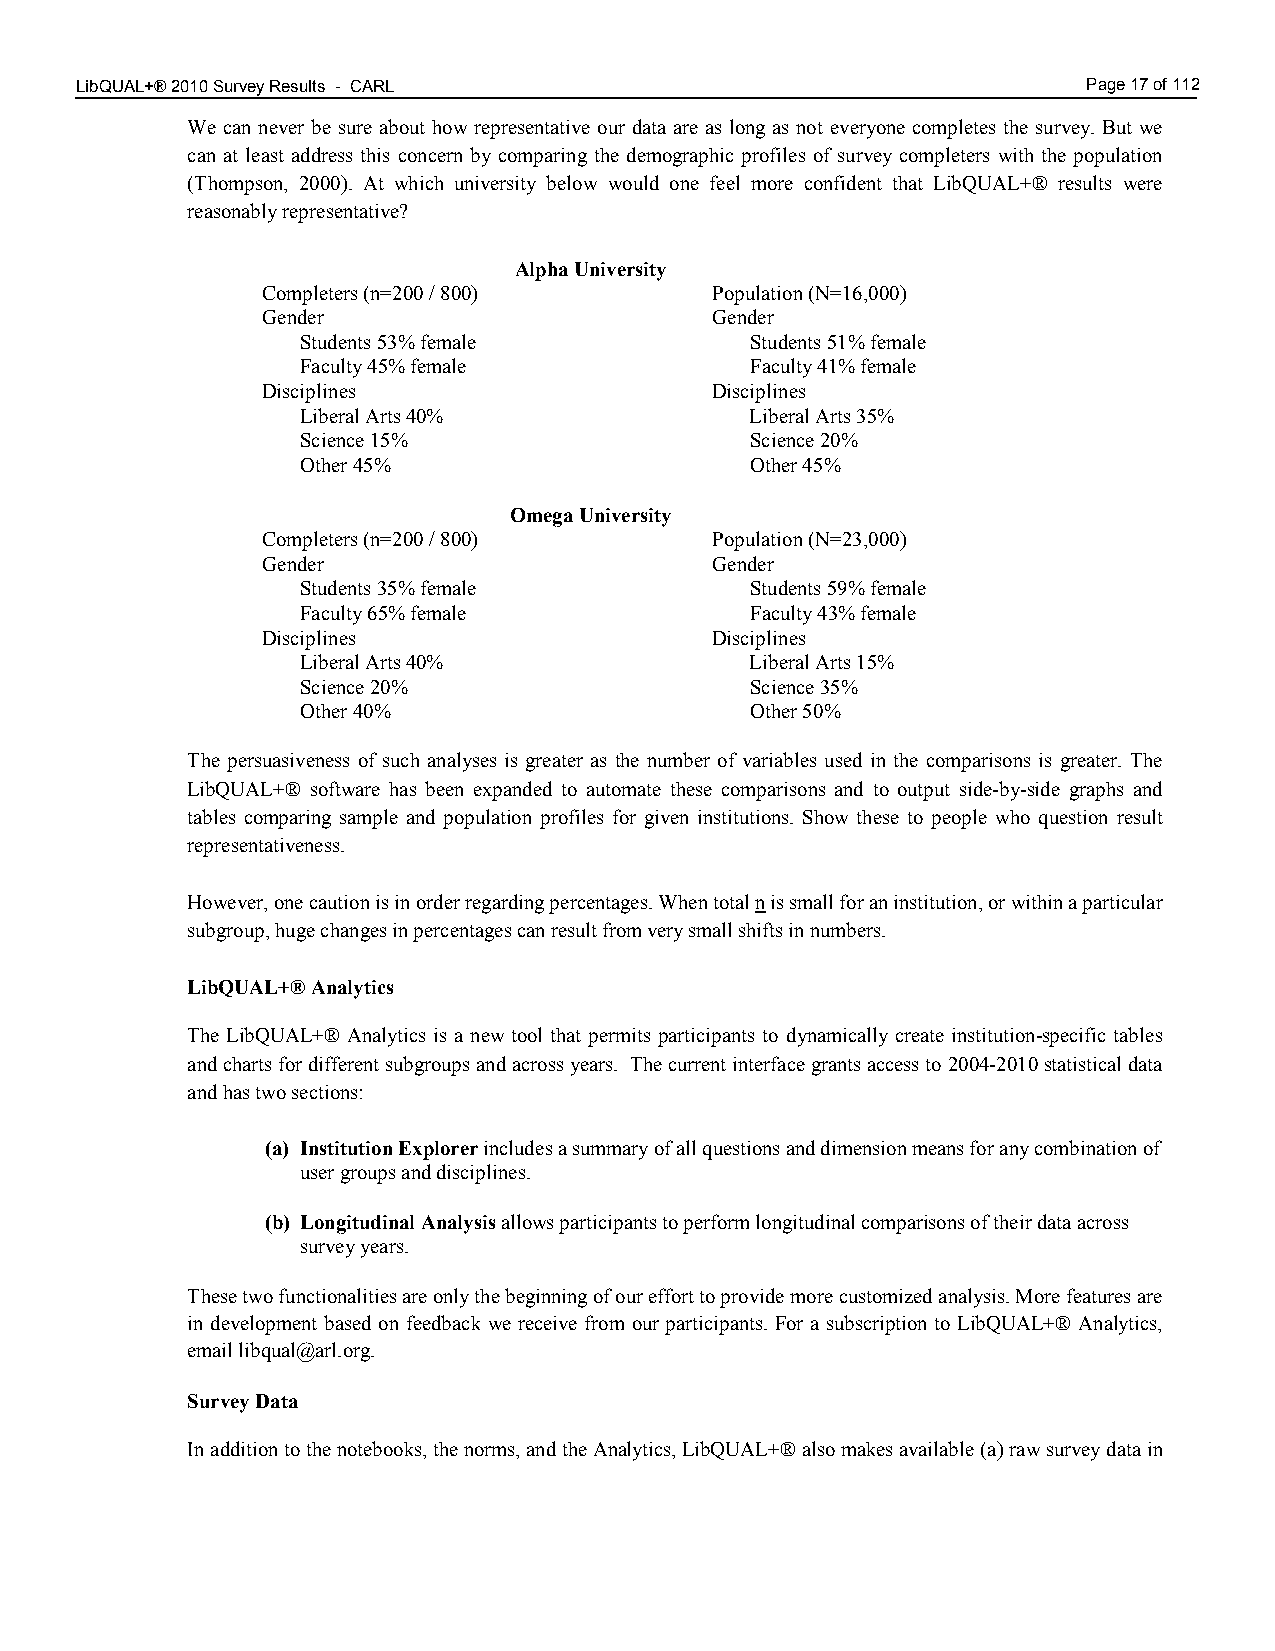
LibQUAL+® 2010 Survey Results - CARL 1.00                          Page 17 of 112
 We can never be sure about how representative our data are as long as not everyone completes the survey. But we
 can at least address this concern by comparing the demographic profiles of survey completers with the population
 (Thompson, 2000). At which university below would one feel more confident that LibQUAL+® results were
 reasonably representative?
 Alpha University
 Completers (n=200 / 800)      Population (N=16,000)
 Gender                        Gender
 Students 53% female           Students 51% female
 Faculty 45% female            Faculty 41% female
 Disciplines                   Disciplines
 Liberal Arts 40%              Liberal Arts 35%
 Science 15%                   Science 20%
 Other 45%                     Other 45%
 Omega University
 Completers (n=200 / 800)      Population (N=23,000)
 Gender                        Gender
 Students 35% female           Students 59% female
 Faculty 65% female            Faculty 43% female
 Disciplines                   Disciplines
 Liberal Arts 40%              Liberal Arts 15%
 Science 20%                   Science 35%
 Other 40%                     Other 50%
 The persuasiveness of such analyses is greater as the number of variables used in the comparisons is greater. The
 LibQUAL+® software has been expanded to automate these comparisons and to output side-by-side graphs and
 tables comparing sample and population profiles for given institutions. Show these to people who question result
 representativeness.
 However, one caution is in order regarding percentages. When total n is small for an institution, or within a particular
 subgroup, huge changes in percentages can result from very small shifts in numbers.
 LibQUAL+® Analytics
 The LibQUAL+® Analytics is a new tool that permits participants to dynamically create institution-specific tables
 and charts for different subgroups and across years. The current interface grants access to 2004-2010 statistical data
 and has two sections:
 (a) Institution Explorer includes a summary of all questions and dimension means for any combination of
 user groups and disciplines.
 (b) Longitudinal Analysis allows participants to perform longitudinal comparisons of their data across
 survey years.
 These two functionalities are only the beginning of our effort to provide more customized analysis. More features are
 in development based on feedback we receive from our participants. For a subscription to LibQUAL+® Analytics,
 email libqual@arl.org.
 Survey Data
 In addition to the notebooks, the norms, and the Analytics, LibQUAL+® also makes available (a) raw survey data in